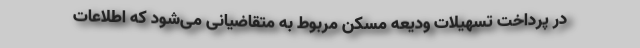
در پرداخت تسهیلات ودیعه مسکن مربوط به متقاضیانی می‌شود که اطلاعات